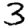
Digit: 3